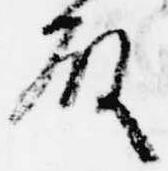
殿